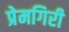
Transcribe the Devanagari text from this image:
प्रेमगिरी